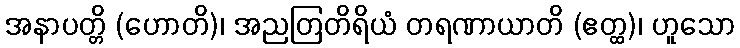
အနာပတ္တိ (ဟောတိ)၊ အညတြတိရိယံ တရဏာယာတိ (ဧတ္ထ)၊ ဟူသော